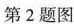
第2题图